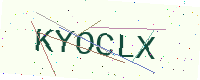
Text: KYOCLX